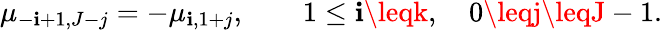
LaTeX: \mu_{-\mathbf{i}+1,J-j}=-\mu_{\mathbf{i},1+j},\qquad1\leq\mathbf{i}\leqk,\quad0\leqj\leqJ-1.